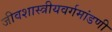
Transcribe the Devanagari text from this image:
जीवशास्त्रीयवर्गमांडणी